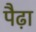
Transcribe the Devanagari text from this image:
पैढ़ा